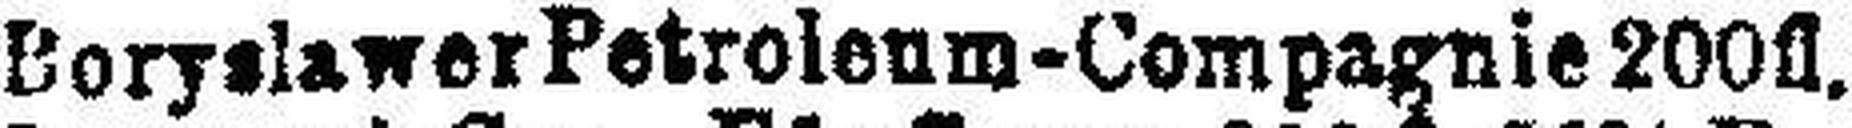
Boryslawer Petrolenm-Compagnie 200fl.